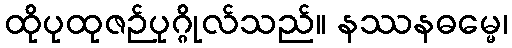
ထိုပုထုဇဉ်ပုဂ္ဂိုလ်သည်။ နဿနဓမ္မေ၊